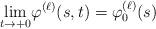
LaTeX: \begin{align*}\underset{t\rightarrow +0}\lim\varphi^{(\ell)} (s,t)=\varphi_0^{(\ell)} (s)\end{align*}